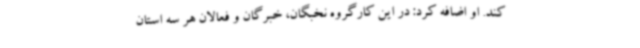
کند. او اضافه کرد: در این کارگروه نخبگان، خبرگان و فعالان هر سه استان